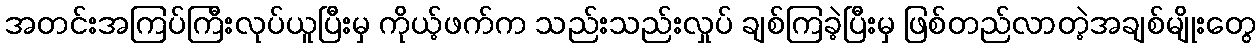
အတင်းအကြပ်ကြီးလုပ်ယူပြီးမှ ကိုယ့်ဖက်က သည်းသည်းလှုပ် ချစ်ကြခဲ့ပြီးမှ ဖြစ်တည်လာတဲ့အချစ်မျိုးတွေ